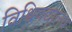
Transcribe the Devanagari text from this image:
विश्विवद्यालय